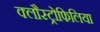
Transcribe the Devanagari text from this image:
क्लौस्ट्रोफिलिया